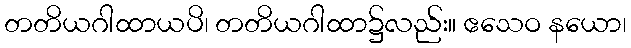
တတိယဂါထာယပိ၊ တတိယဂါထာ၌လည်း။ ဧသေဝ နယော၊